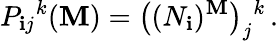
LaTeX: P_{\mathbf{i}j}{}^{k}(\mathbf{M})=\left((N_{\mathbf{i}})^{\mathbf{M}}\right)_{j}{}^{k}\, .